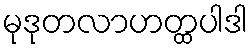
မုဒုတလာဟတ္ထပါဒါ